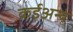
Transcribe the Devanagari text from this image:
कईअन्य